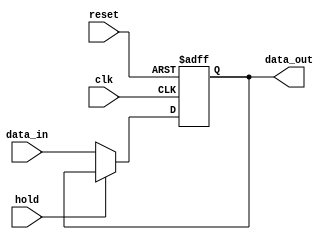
module hold_condition(
    input wire clk,            // Clock signal
    input wire reset,          // Reset signal
    input wire hold,           // Hold control signal
    input wire [7:0] data_in,  // Data input (8-bit for example)
    output reg [7:0] data_out   // Data output (8-bit)
);

// Initial state
initial begin
    data_out = 8'b0; // Initialize output to zero
end

// Sequential logic
always @(posedge clk or posedge reset) begin
    if (reset) begin
        // On reset, initialize the output to a predefined value
        data_out <= 8'b0; // You can change this to any desired reset value
    end else if (!hold) begin
        // If hold condition is not active, update the output with data input
        data_out <= data_in;
    end
    // If hold is active, do nothing, retain the current output value
end

endmodule